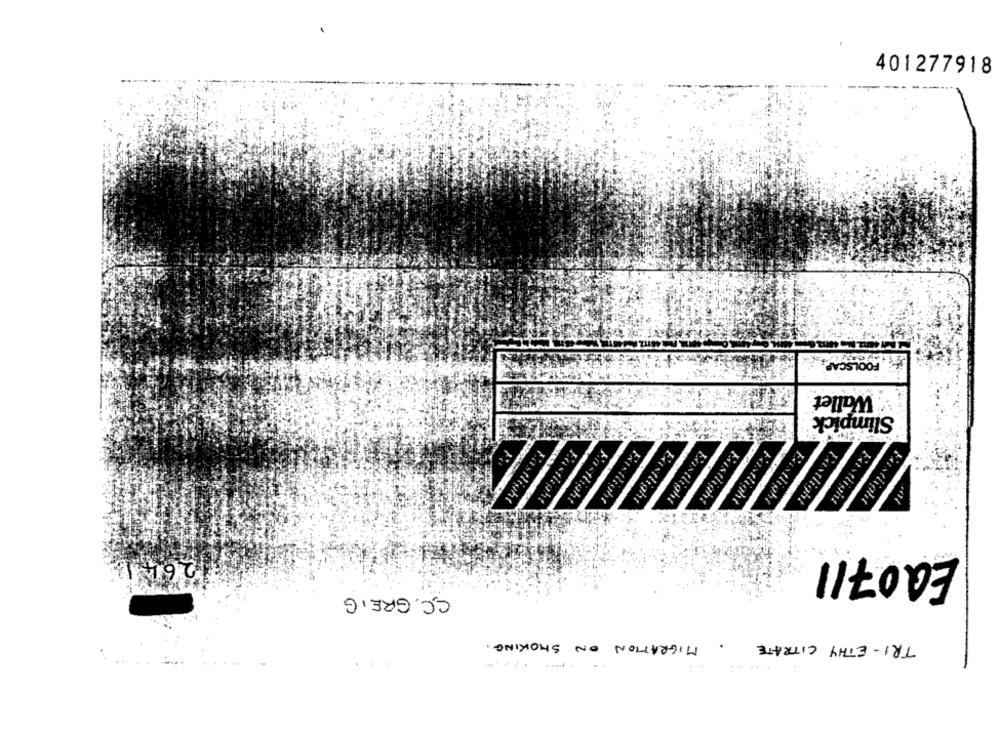
401277918
FOOLSCAP
: Wallet
Slimpick
Eastlight
ght
Existlight
Eastlight
Eastlight
Eastlight
Fastlight
Fastlight
Fıstlight
Fastlight
26410
EQ0711
C.C. GREG
MIGRATION ON SMOKING .
TRI- ETHY CITRATE